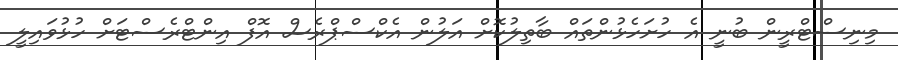
މިނިސްޓްރީން ބުނީ އެ ހުށަހެޅުންތައް ބާތިލުކޮށް އަލުން އެކްސްޕްރެސް އޮފް އިންޓްރެސްޓަށް ހުޅުވައިލީ